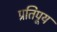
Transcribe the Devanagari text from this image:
प्रतिपूय